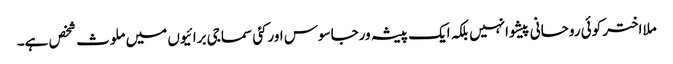
ملااختر کوئی روحانی پیشوانہیں بلکہ ایک پیشہ ورجاسوس اورکئی سماجی برائیوں میں ملوث شخص ہے۔